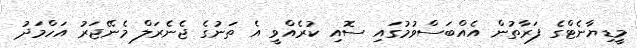
މީޑިޔާނެޓްގެ ފަރާތުން އެއްބަސްވުމުގައި ސޮއި ކުރެއްވީ އެ ތަނުގެ ޖެނެރަލް މެނޭޖަރު އަހްމަދު